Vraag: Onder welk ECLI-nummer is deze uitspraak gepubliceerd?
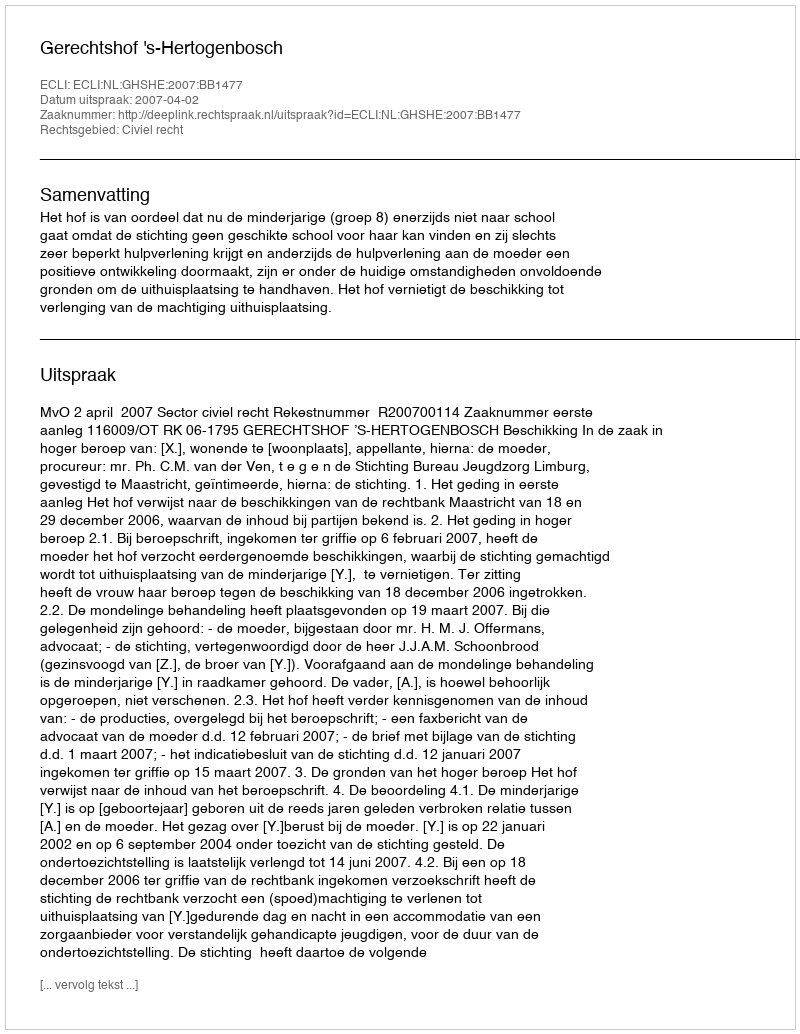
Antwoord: ECLI:NL:GHSHE:2007:BB1477